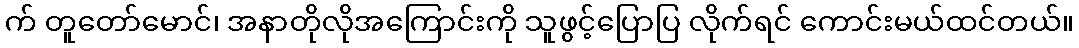
က် တူတော်မောင်၊ အနာတိုလိုအကြောင်းကို သူဖွင့်ပြောပြ လိုက်ရင် ကောင်းမယ်ထင်တယ်။